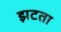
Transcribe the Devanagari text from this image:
झटता